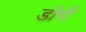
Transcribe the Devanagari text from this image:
डॉगी